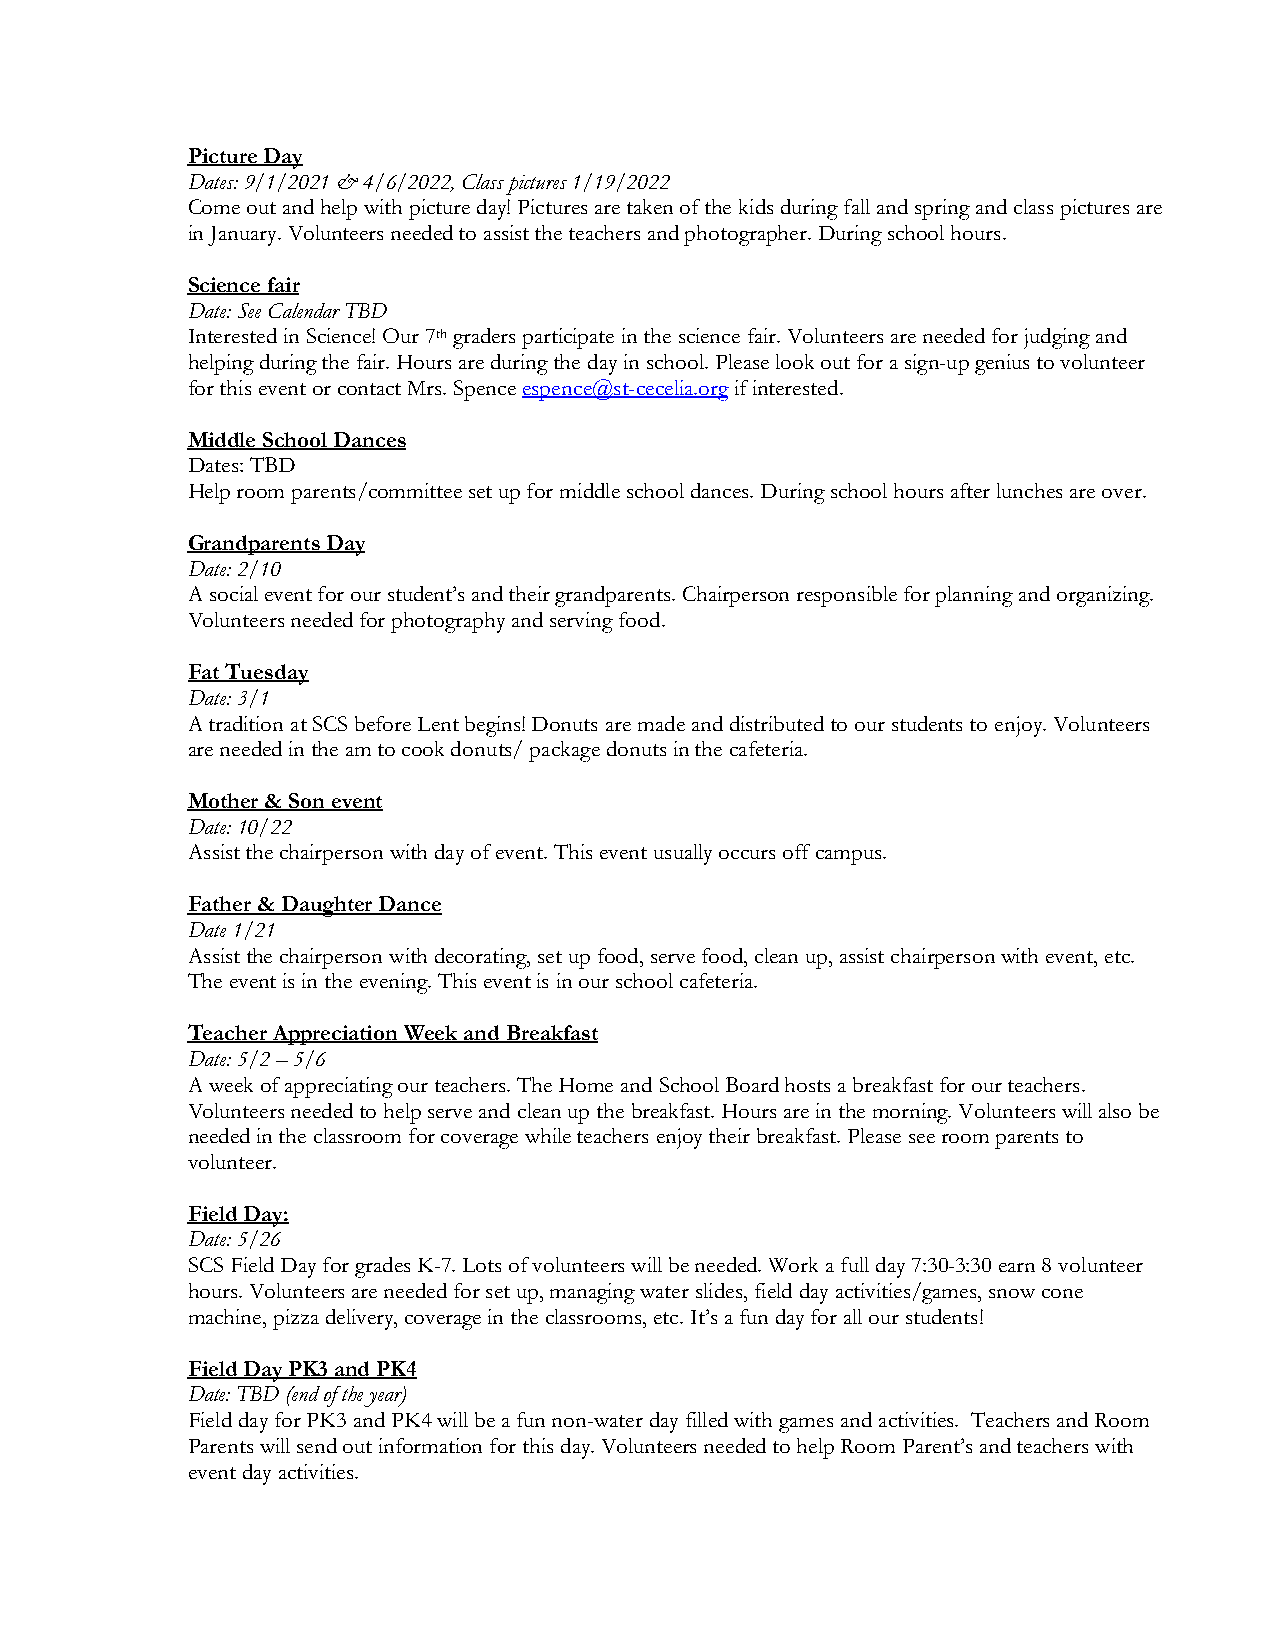
Picture Day
 Dates: 9/1/2021 & 4/6/2022, Class pictures 1/19/2022
 Come out and help with picture day! Pictures are taken of the kids during fall and spring and class pictures are
 in January. Volunteers needed to assist the teachers and photographer. During school hours.
 Science fair
 Date: See Calendar TBD
 Interested in Science! Our 7th graders participate in the science fair. Volunteers are needed for judging and
 helping during the fair. Hours are during the day in school. Please look out for a sign-up genius to volunteer
 for this event or contact Mrs. Spence espence@st-cecelia.org if interested.
 Middle School Dances
 Dates: TBD
 Help room parents/committee set up for middle school dances. During school hours after lunches are over.
 Grandparents Day
 Date: 2/10
 A social event for our student’s and their grandparents. Chairperson responsible for planning and organizing.
 Volunteers needed for photography and serving food.
 Fat Tuesday
 Date: 3/1
 A tradition at SCS before Lent begins! Donuts are made and distributed to our students to enjoy. Volunteers
 are needed in the am to cook donuts/ package donuts in the cafeteria.
 Mother & Son event
 Date: 10/22
 Assist the chairperson with day of event. This event usually occurs off campus.
 Father & Daughter Dance
 Date 1/21
 Assist the chairperson with decorating, set up food, serve food, clean up, assist chairperson with event, etc.
 The event is in the evening. This event is in our school cafeteria.
 Teacher Appreciation Week and Breakfast
 Date: 5/2 – 5/6
 A week of appreciating our teachers. The Home and School Board hosts a breakfast for our teachers.
 Volunteers needed to help serve and clean up the breakfast. Hours are in the morning. Volunteers will also be
 needed in the classroom for coverage while teachers enjoy their breakfast. Please see room parents to
 volunteer.
 Field Day:
 Date: 5/26
 SCS Field Day for grades K-7. Lots of volunteers will be needed. Work a full day 7:30-3:30 earn 8 volunteer
 hours. Volunteers are needed for set up, managing water slides, field day activities/games, snow cone
 machine, pizza delivery, coverage in the classrooms, etc. It’s a fun day for all our students!
 Field Day PK3 and PK4
 Date: TBD (end of the year)
 Field day for PK3 and PK4 will be a fun non-water day filled with games and activities. Teachers and Room
 Parents will send out information for this day. Volunteers needed to help Room Parent’s and teachers with
 event day activities.